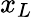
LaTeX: x_{L}